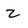
Character: z